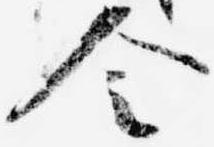
令